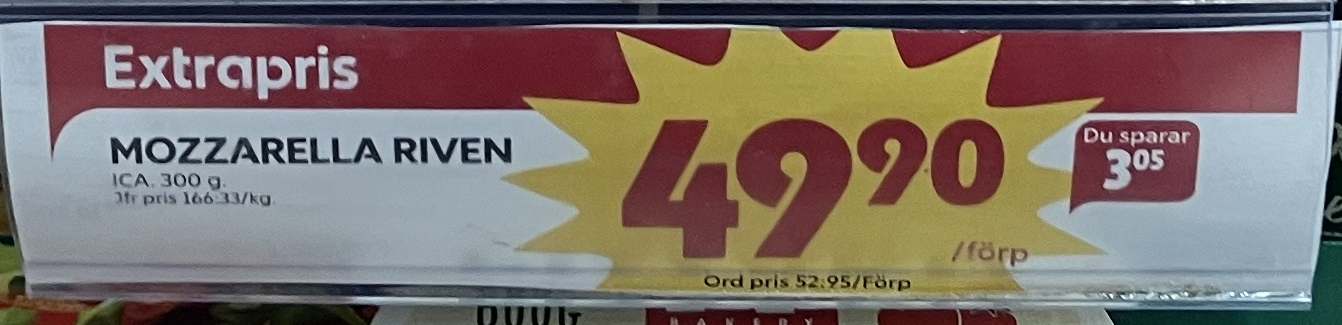
Vara: Mozzarella Riven
Genomsnittspris: 166.33 per kg